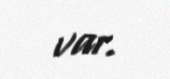
var.